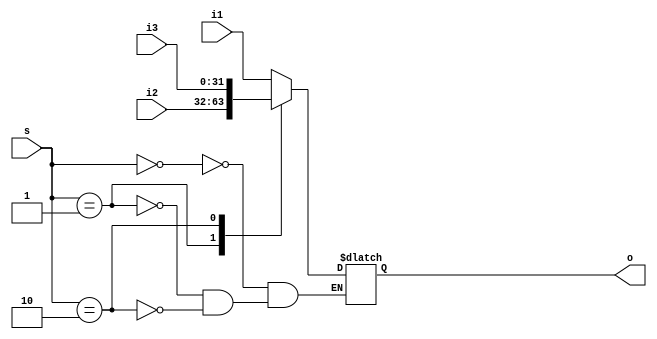
`timescale 1ns / 1ps
//////////////////////////////////////////////////////////////////////////////////
// Company: 
// Engineer: 
// 
// Design Name: 
// Module Name: PCSrc_mux
// Project Name: 
// Target Devices: 
// Tool Versions: 
// Description: 
// 
// Dependencies: 
// 
// Revision:
// Revision 0.01 - File Created
// Additional Comments:
// 
//////////////////////////////////////////////////////////////////////////////////


module PCSrc_mux(
    input [1:0] s,
    input [31:0] i1,
    input [31:0] i2,
    input [31:0] i3,
    output reg [31:0] o
    );
    always@(*)
      begin
        case (s)
          2'b00: o = i1;
          2'b01: o = i2;
          2'b10: o = i3;
        endcase
      end
endmodule